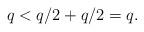
LaTeX: \begin{align*}q <q/2+q/2=q. \end{align*}